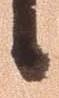
候